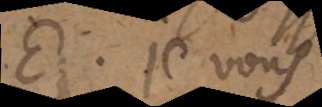
E. Je vous